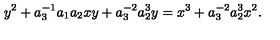
y ^ { 2 } + a _ { 3 } ^ { - 1 } a _ { 1 } a _ { 2 } x y + a _ { 3 } ^ { - 2 } a _ { 2 } ^ { 3 } y = x ^ { 3 } + a _ { 3 } ^ { - 2 } a _ { 2 } ^ { 3 } x ^ { 2 } .